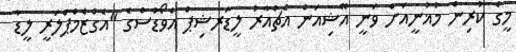
މީގެ ކުރިން މުޣުނީއަށް ވަނީ އޭޝިއަން އެޗްއާރު ލީޑަރޝިޕް އެވޯޑްސްގެ "އެގްޒެމްޕްލަރީ ލީޑާ